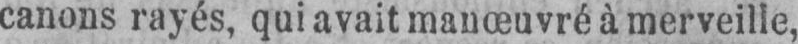
canons rayés, qui avait manœuvré à merveille,